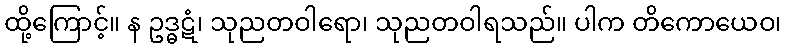
ထို့ကြောင့်။ န ဥဒ္ဓဋံ၊ သုညတဝါရော၊ သုညတဝါရသည်။ ပါက တိကောယေဝ၊